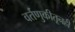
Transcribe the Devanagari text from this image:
वर्तणुकीतूनही